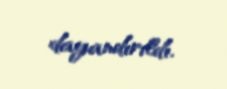
dayandırıldı.